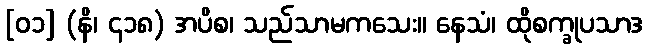
[၀၁] (နိ၊ ၄၁၈) အပိစ၊ သည်သာမကသေး။ နေသံ၊ ထိုစက္ခုပသာဒ